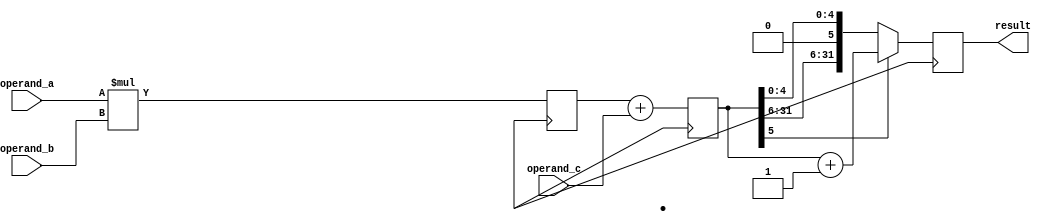
module fused_multiply_add_unit (
    input wire [31:0] operand_a,
    input wire [31:0] operand_b,
    input wire [31:0] operand_c,
    output reg [31:0] result
);

reg [31:0] product;
reg [31:0] sum;
reg [31:0] rounded_result;

// Multiplier block
always @(posedge clk) begin
    product <= operand_a * operand_b;
end

// Adder block
always @(posedge clk) begin
    sum <= product + operand_c;
end

// Rounder block
always @(posedge clk) begin
    if (sum[5] == 1) begin // Round up if bit 5 is 1
        rounded_result <= sum + 1;
    end else begin
        rounded_result <= sum;
    end
end

assign result = rounded_result;

endmodule